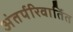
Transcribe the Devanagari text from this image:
अंतर्परिवार्तित